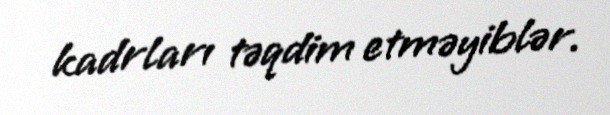
kadrları təqdim etməyiblər.